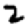
Digit: 2